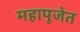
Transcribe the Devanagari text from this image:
महापूजेत